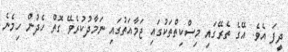
ދީފަ އެވެ. އޭގެ ތެރޭގައި މިސްކިތްތަކުގައި ޖަމާއަތުގައި ނަމާދުކުރެވޭ ގޮތް ހެދުން ހިމެނެ